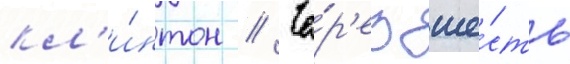
кл'и́нтон // Че́р'ез ше́сть